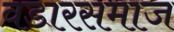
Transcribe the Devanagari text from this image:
वडारसमाज